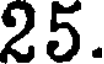
25.